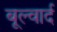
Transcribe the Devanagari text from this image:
बूल्वार्द